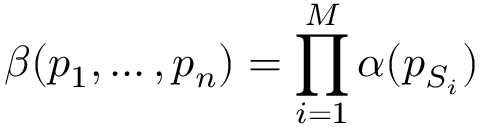
\beta ( p _ { 1 } , . . . \, , p _ { n } ) = \prod _ { i = 1 } ^ { M } \alpha ( p _ { S _ { i } } )